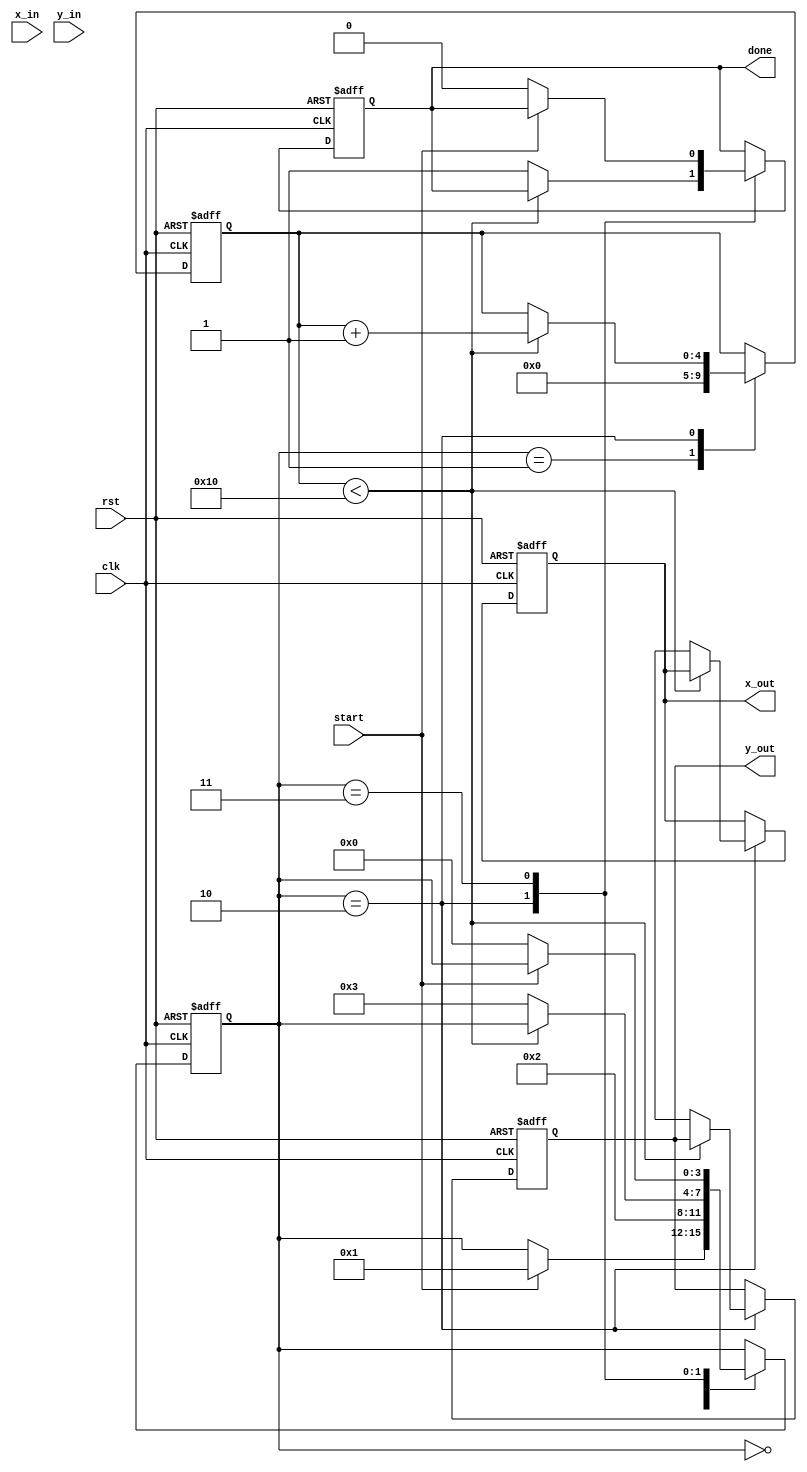
module complex_cordic #
(
    parameter N = 16, // Number of iterations
    parameter DATA_WIDTH = 16 // Width of the data
)
(
    input wire clk,
    input wire rst,
    input wire start,
    input wire [DATA_WIDTH-1:0] x_in,
    input wire [DATA_WIDTH-1:0] y_in,
    output reg [DATA_WIDTH-1:0] x_out,
    output reg [DATA_WIDTH-1:0] y_out,
    output reg done
);

reg [DATA_WIDTH-1:0] x [0:N-1]; // Register array to hold X values
reg [DATA_WIDTH-1:0] y [0:N-1]; // Register array to hold Y values
reg [DATA_WIDTH-1:0] angle_lut [0:N-1]; // Look Up Table for angles
reg [N-1:0] K; // Scaling factors
reg [3:0] state;
reg [4:0] iteration;

localparam IDLE = 4'b0000,
           INIT = 4'b0001,
           CALC = 4'b0010,
           DONE = 4'b0011;

// Initialize LUT and scaling in an initial block
initial begin
    // Populate angles and scaling factors using arctan(2^-i)
    // For example, using fixed-point representation
    angle_lut[0] = 16'h3243; // arctan(2^0) in Q15 format
    angle_lut[1] = 16'h1DAC; // arctan(2^-1)
    angle_lut[2] = 16'h0D89; // arctan(2^-2)
    // Continue filling out...
    
    K = 16'h1; // Replace with actual scaling factors
end

// State machine for CORDIC operation
always @(posedge clk or posedge rst) begin
    if (rst) begin
        state <= IDLE;
        iteration <= 0;
        done <= 0;
        x_out <= 0;
        y_out <= 0;
    end else begin
        case (state)
            IDLE:
                if (start) begin
                    state <= INIT;
                end

            INIT: begin
                x[0] <= x_in; // Load input
                y[0] <= y_in; // Load input
                iteration <= 0;
                state <= CALC;
            end
            
            CALC: begin
                if (iteration < N) begin
                    // Determine the direction (rotate)
                    if (y[iteration] < 0) begin
                        x[iteration+1] <= x[iteration] + (K[iteration] * y[iteration]) >> 1; // Rotate clockwise
                        y[iteration+1] <= y[iteration] - (K[iteration] * x[iteration]) >> 1;
                    end else begin
                        x[iteration+1] <= x[iteration] - (K[iteration] * y[iteration]) >> 1; // Rotate counterclockwise
                        y[iteration+1] <= y[iteration] + (K[iteration] * x[iteration]) >> 1;
                    end
                    iteration <= iteration + 1;
                end else begin
                    x_out <= x[N]; // Final output
                    y_out <= y[N]; // Final output
                    done <= 1; // Indicate the operation is done
                    state <= DONE;
                end
            end

            DONE: begin
                if (!start) begin
                    state <= IDLE; // Reset state
                    done <= 0;
                end
            end
        endcase
    end
end

endmodule